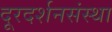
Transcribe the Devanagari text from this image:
दूरदर्शनसंस्था